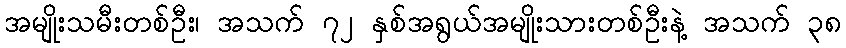
အမျိုးသမီးတစ်ဦး၊ အသက် ၇၂ နှစ်အရွယ်အမျိုးသားတစ်ဦးနဲ့ အသက် ၃၈